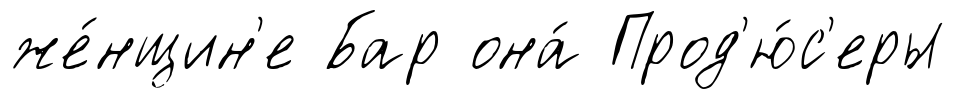
же́нщин'е Бар она́ Прод'ю́с'еры